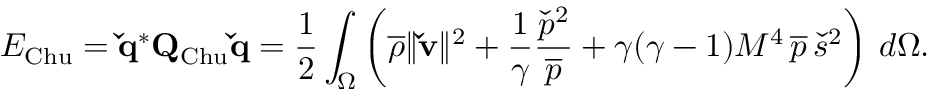
E _ { \mathrm { C h u } } = \mathbf { \check { q } } ^ { * } \mathbf { Q } _ { \mathrm { C h u } } \mathbf { \check { q } } = \frac { 1 } { 2 } \int _ { \Omega } \left( \overline { { \rho } } \| \mathbf { \check { v } } \| ^ { 2 } + \frac { 1 } { \gamma } \frac { \check { p } ^ { 2 } } { \overline { { p } } } + \gamma ( \gamma - 1 ) M ^ { 4 } \, \overline { { p } } \, \check { s } ^ { 2 } \right) \, d \Omega .